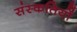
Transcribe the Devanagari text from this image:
संस्कतियों